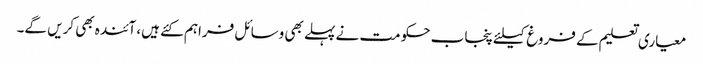
معیاری تعلیم کے فروغ کیلئے پنجاب حکومت نے پہلے بھی وسائل فراہم کئے ہیں، آئندہ بھی کریں گے۔